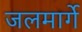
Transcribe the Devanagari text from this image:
जलमार्गे